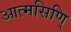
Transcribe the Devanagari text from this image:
आत्मसिणि्